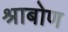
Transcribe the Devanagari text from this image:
श्राबोण